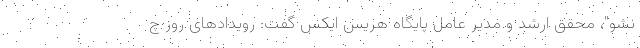
نشو"، محقق ارشد و مدیر عامل پایگاه هریس ایکس گفت: رویدادهای روز چ